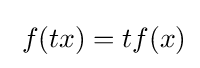
{\textstyle \;f(tx)=tf(x)}